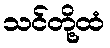
သင်တို့ထံ